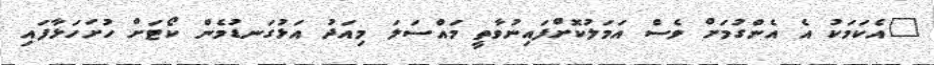
"އެކަމަކު އެ އެންގުމަށް ވެސް އަމަލުކޮށްފައިނުވާތީ މައްސަލަ މިއަދު އަޅުގަނޑުމެން ކޯޓަށް ހުށަހަޅާފައި